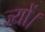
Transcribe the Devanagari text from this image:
ज्‍यों।